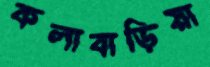
কলাবাড়িয়া